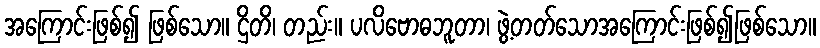
အကြောင်းဖြစ်၍ ဖြစ်သော။ ဌိတိ၊ တည်း။ ပလိဗောဓဘူတာ၊ ဖွဲ့တတ်သောအကြောင်းဖြစ်၍ဖြစ်သော။